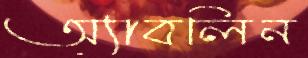
অ্যাবলিন